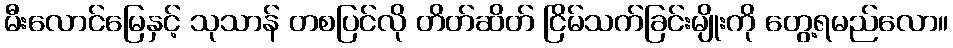
မီးလောင်မြေနှင့် သုသာန် တစပြင်လို တိတ်ဆိတ် ငြိမ်သက်ခြင်းမျိုးကို တွေ့ရမည်လော။